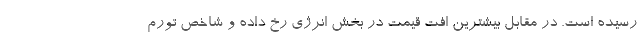
رسیده است. در مقابل بیشترین افت قیمت در بخش انرژی رخ داده و شاخص تورم